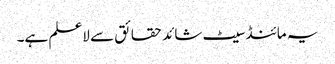
یہ مائنڈ سیٹ شائد حقائق سے لاعلم ہے۔